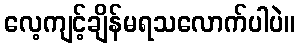
လေ့ကျင့်ချိန်မရသလောက်ပါပဲ။